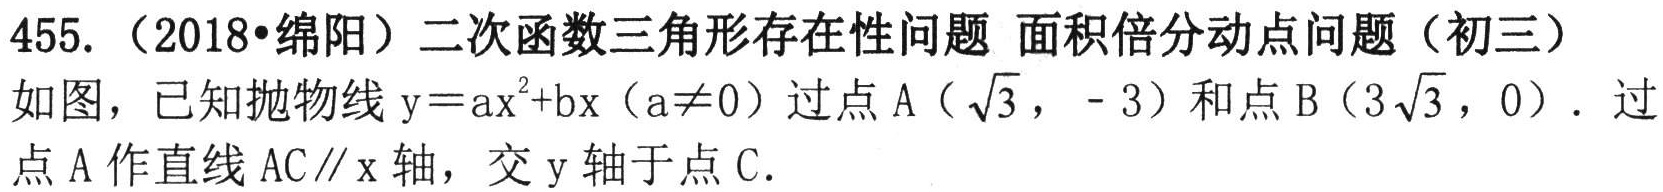
455.（2018•绵阳）二次函数三角形存在性问题 面积倍分动点问题（初三）
如图，已知抛物线\(y = ax^{2}+bx(a\neq0)\)过点\(A(\sqrt{3}, - 3)\)和点\(B(3\sqrt{3},0)\)．过点\(A\)作直线\(AC\parallel x\)轴，交\(y\)轴于点\(C\)．